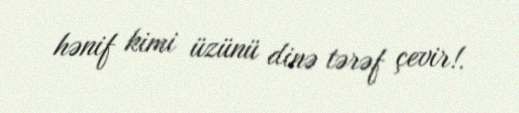
hənif kimi üzünü dinə tərəf çevir!.